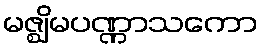
မဇ္ဈိမပဏ္ဏာသကော